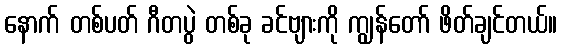
နောက် တစ်ပတ် ဂီတပွဲ တစ်ခု ခင်ဗျားကို ကျွန်တော် ဖိတ်ချင်တယ်။